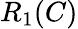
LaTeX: R_{1}(C)